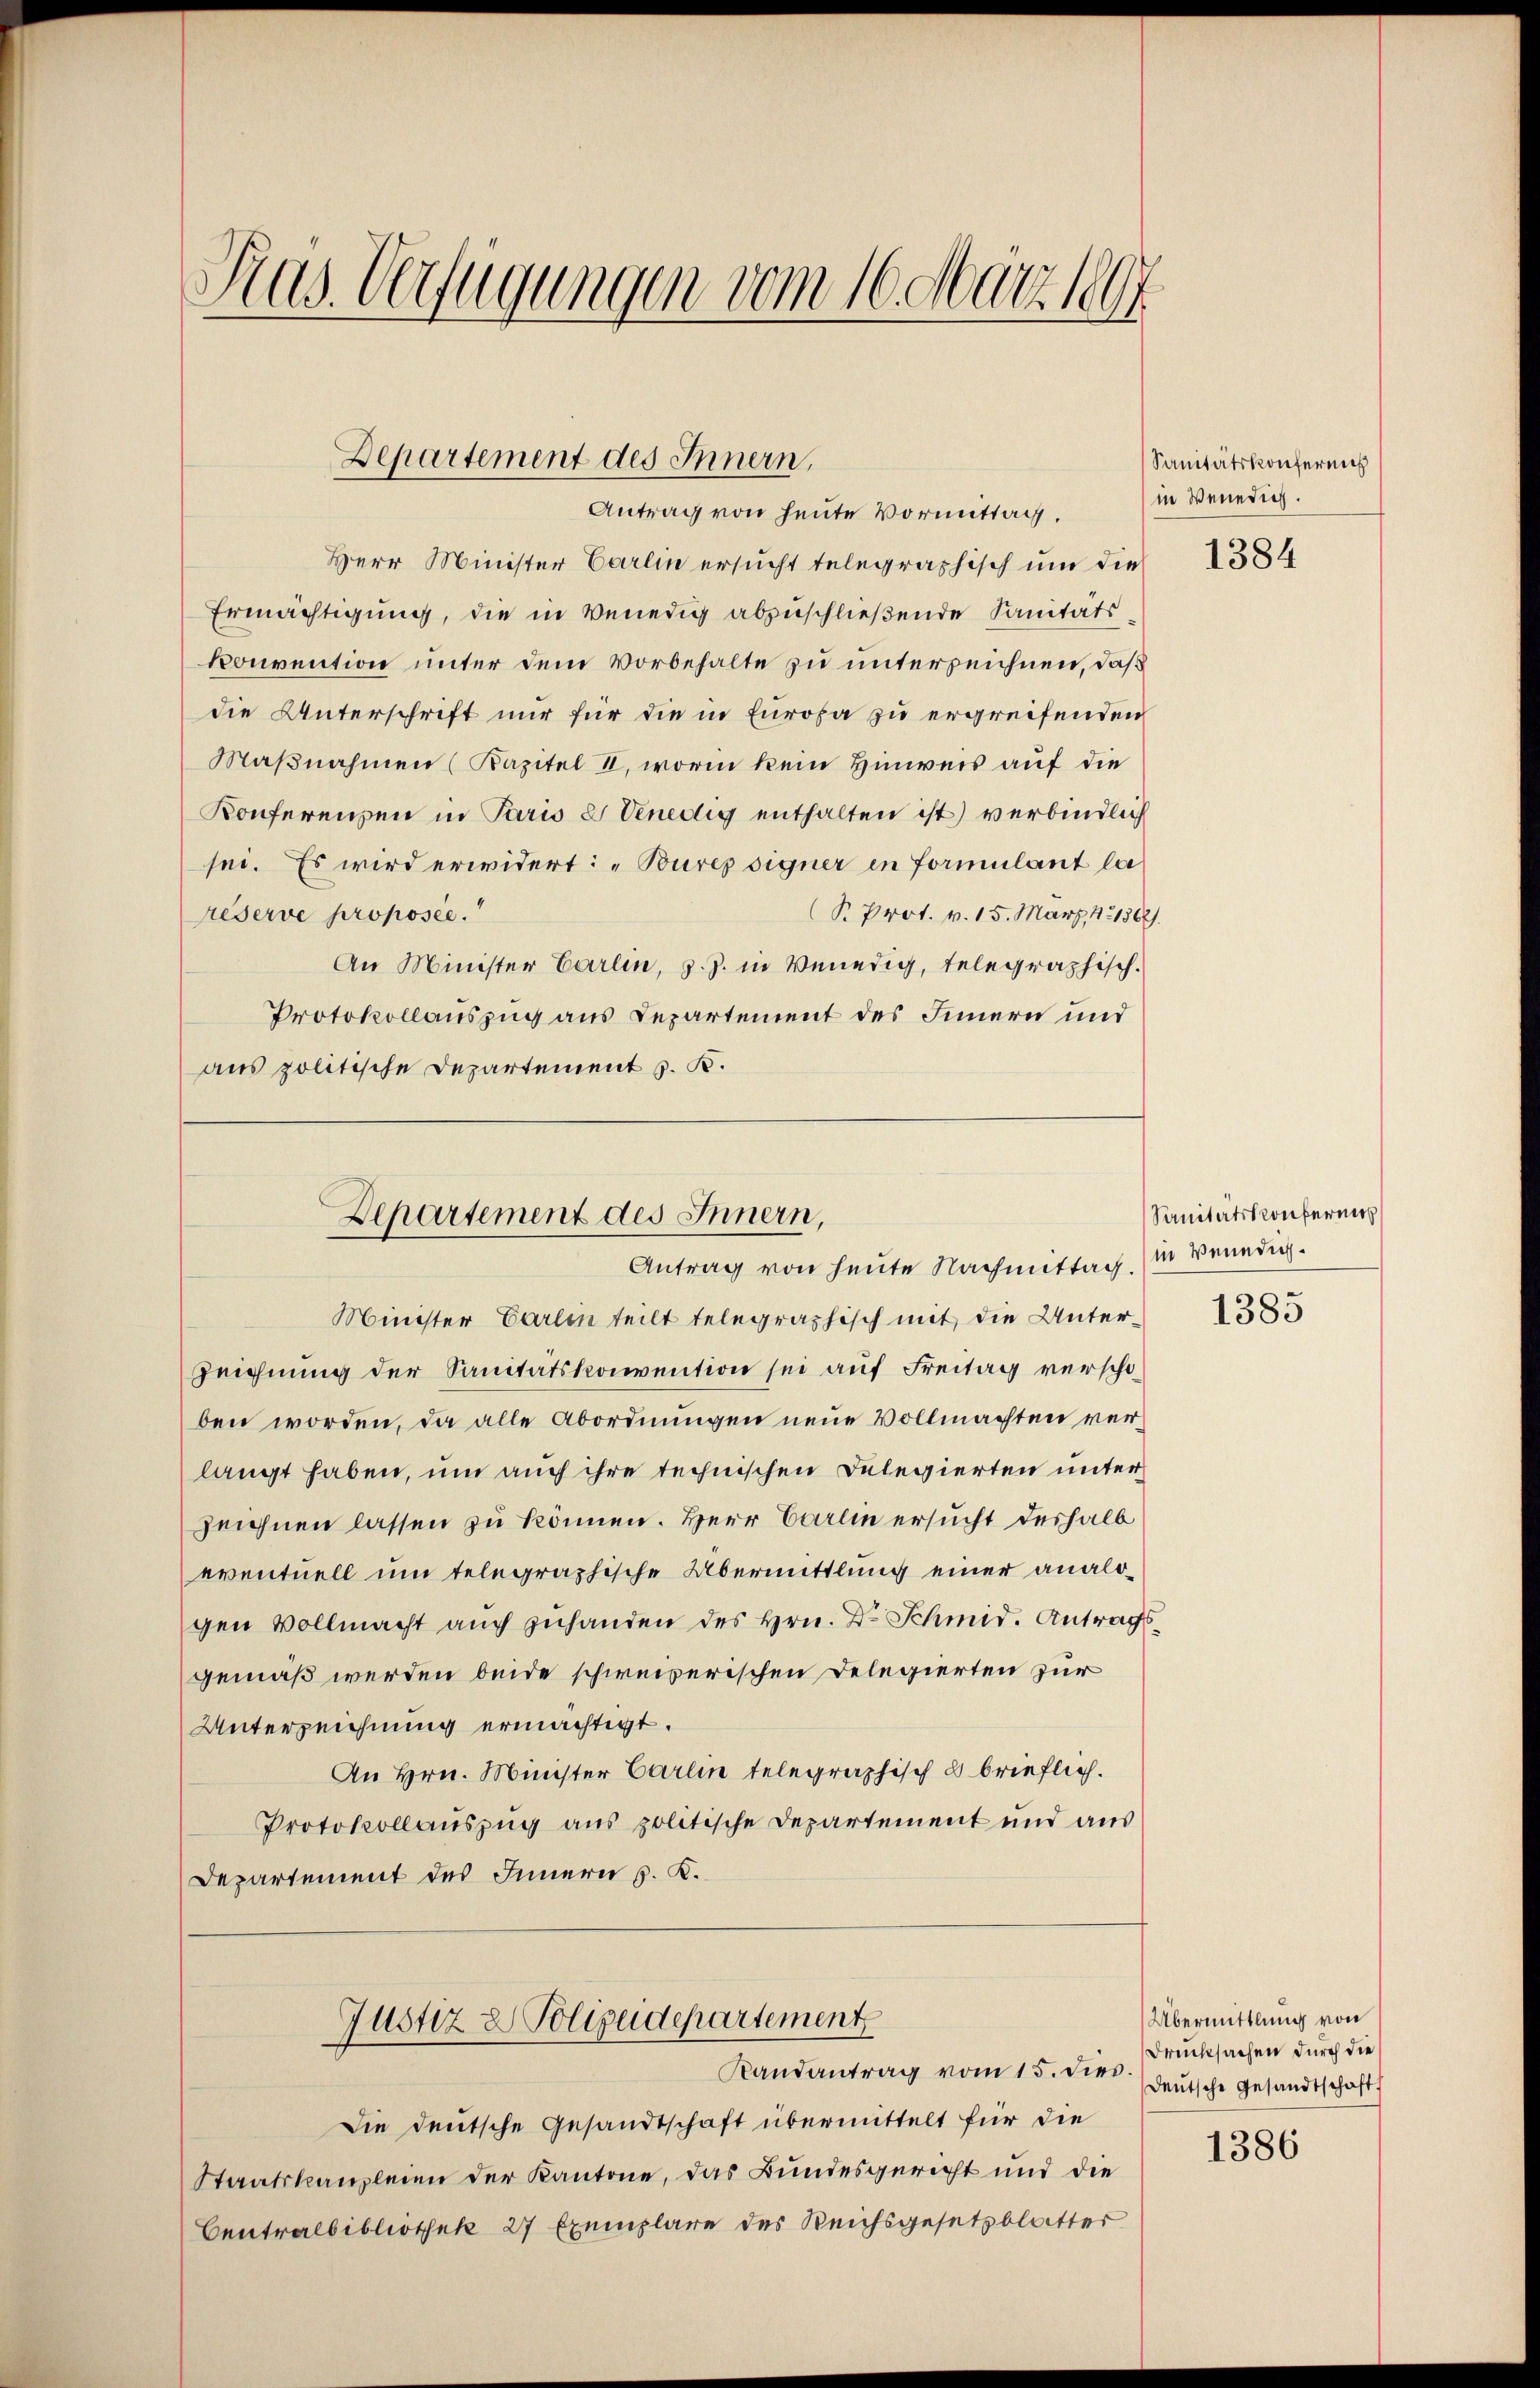
Kas Verfügungen vom 16. März 1897

Departement des Innern,
Antrag von heute Vormittag.

Departement des Innern,
Antrag von heute Nachmittag (in Venedig.

Minister Carlin teilt telegraphisch mit die Unter¬
Zeichnung der Sanitätskonvention sei auf Freitag verschoben worden, da alle Abordnungen neue Vollmachten verlangt haben, um auch ihre technischen Delegierten unterzeichnen lassen zu können. Herr Carlin ersucht deshalb
eventuell um telegraphische Übermittlung einer analogen Vollmacht auch zuhanden des Hrn. Dr Schmid. Antragsgemäß werden beide schweizerischen Delegierten zur
Unterzeichnung ermächtigt.
An Hrn. Minister Carlin telegraphisch 2 brieflich.
Protokollauszug aus politische Departement und aus
Departement des Innern s. K.
Justiz & Polizeidepartement
Randantrag vom 15. dies
Die deutsche Gesandtschaft übermittelt für die
Staatskanzleien der Kantone, das Bundesgericht und die
Centralbibliothek 27 Exemplare des Reichsgesetzblatter

Herr Minister Carlin ersucht telegraphisch um die
Ermächtigung, die in Venedig abzuschließende Sanitäts
Konvention unter dem Vorbehalte zu unterzeichnen, daß
die Unterschrift nur für die in Europa zu ergreifenden
Maβnahmen (Kapitel II, worin kein Hinweis auf die
Konferenzen in Paris L Venedig enthalten ist) verbindlich
sei. Es wird erwidert: "Bures signer in Formulant la
R. Prot. v. 15. März, 14. 1362/
Reserve proposée.“
An Minister Carlin, z. Z. in Venedig, telegraphisch.
Protokollauszug aus Departement des Innern und
aus politische Departement J. K.

Sanitätskonfermi
in Venedig.

1384

Sanitätskonfernich

1385

Übermittlung von
Drucksachen durch die
deutsche Gesandtschaft

1386